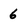
Character: 6